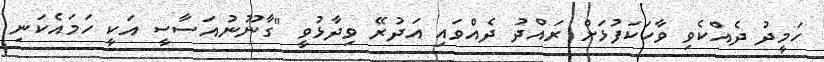
ހަމީދު ދެއްކެވި ވާހަކަފުޅަށް ރައްދު ދެއްވައި އަދުރޭ ވިދާޅުވީ "ގާނޫނުއަސާސީ އަކީ ހަމައެކަނި